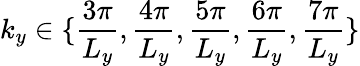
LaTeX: k_{y}\in\{ \frac{3\pi}{L_{y}},\frac{4\pi}{L_{y}},\frac{5\pi}{L_{y}},\frac{6\pi}{L_{y}},\frac{7\pi}{L_{y}}\}